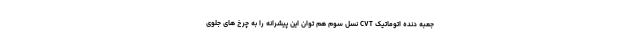
جعبه دنده اتوماتیک CVT نسل سوم هم توان این پیشرانه را به چرخ های جلوی